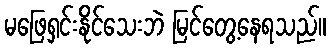
မဖြေရှင်းနိုင်သေးဘဲ မြင်တွေ့နေရသည်။